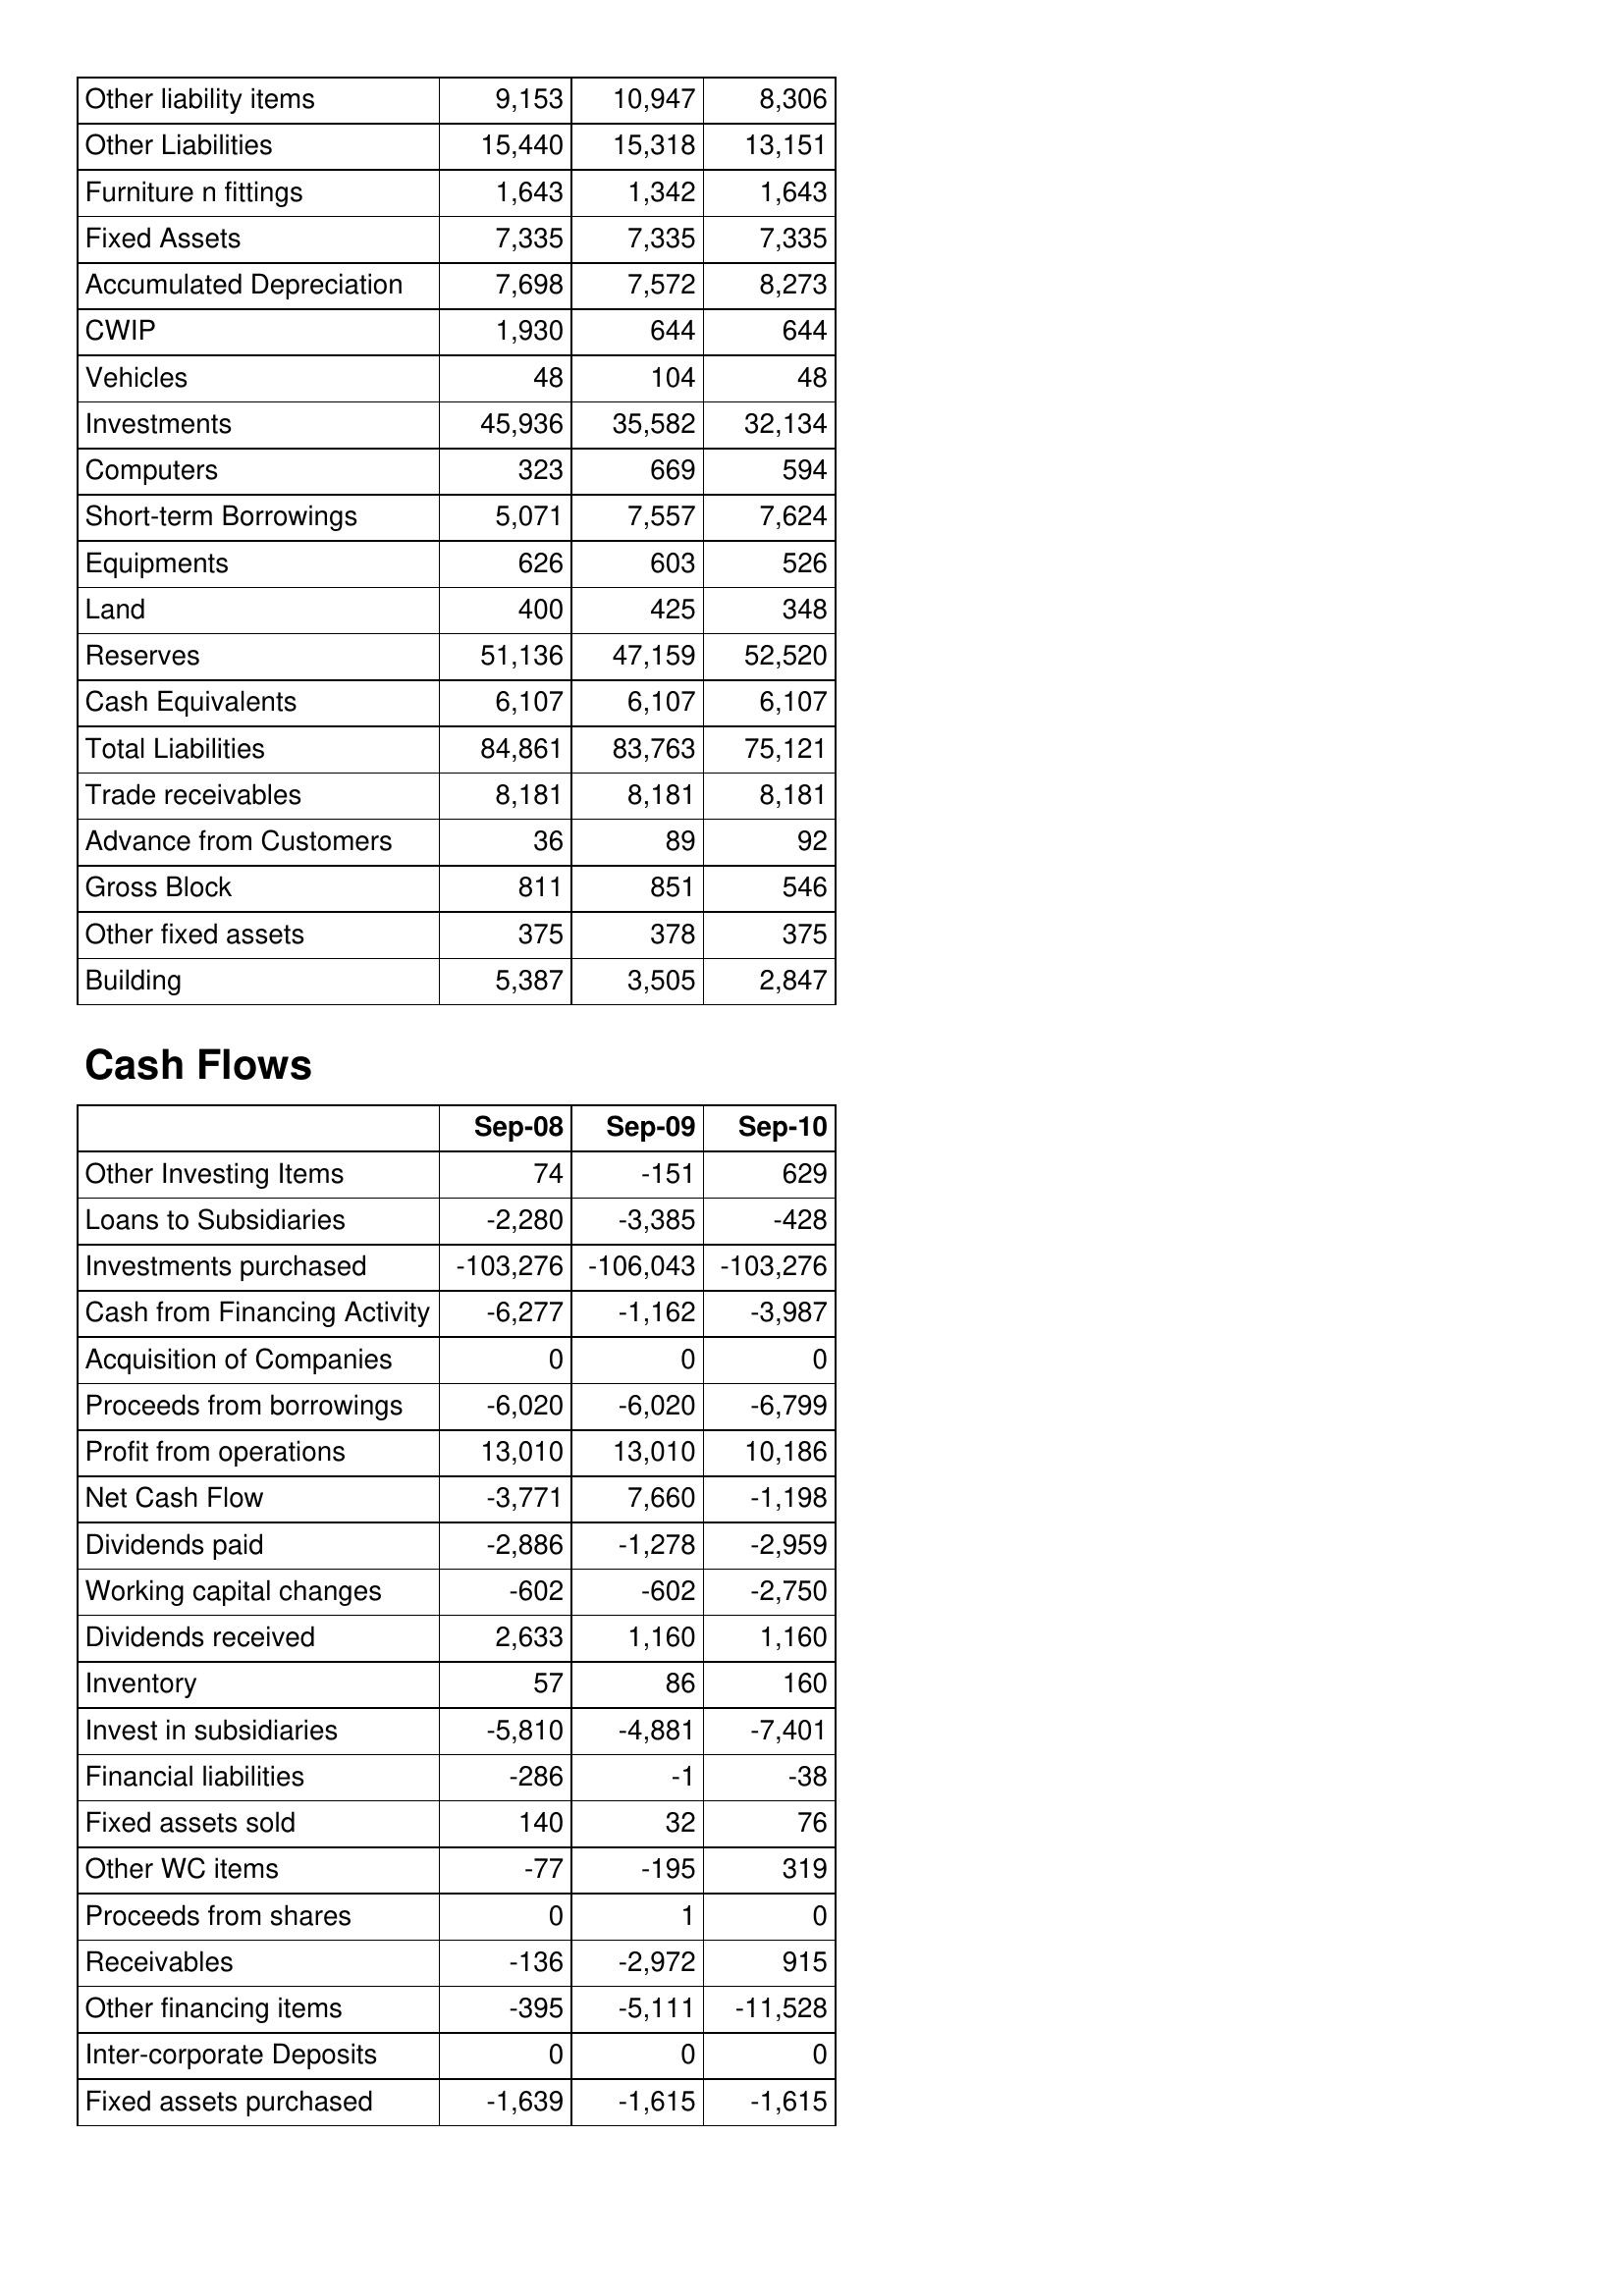
Sep-08: Balance Sheet: Other liability items: 9,153
Other Liabilities: 15,440
Furniture n fittings: 1,643
Fixed Assets: 7,335
Accumulated Depreciation: 7,698
CWIP: 1,930
Vehicles: 48
Investments: 45,936
Computers: 323
Short-term Borrowings: 5,071
Equipments: 626
Land: 400
Reserves: 51,136
Cash Equivalents: 6,107
Total Liabilities: 84,861
Trade receivables: 8,181
Advance from Customers: 36
Gross Block: 811
Other fixed assets: 375
Building: 5,387
Cash Flows: Other Investing Items: 74
Loans to Subsidiaries: -2,280
Investments purchased: -103,276
Cash from Financing Activity: -6,277
Acquisition of Companies: 0
Proceeds from borrowings: -6,020
Profit from operations: 13,010
Net Cash Flow: -3,771
Dividends paid: -2,886
Working capital changes: -602
Dividends received: 2,633
Inventory: 57
Invest in subsidiaries: -5,810
Financial liabilities: -286
Fixed assets sold: 140
Other WC items: -77
Proceeds from shares: 0
Receivables: -136
Other financing items: -395
Inter-corporate Deposits: 0
Fixed assets purchased: -1,639
Sep-09: Balance Sheet: Other liability items: 10,947
Other Liabilities: 15,318
Furniture n fittings: 1,342
Fixed Assets: 7,335
Accumulated Depreciation: 7,572
CWIP: 644
Vehicles: 104
Investments: 35,582
Computers: 669
Short-term Borrowings: 7,557
Equipments: 603
Land: 425
Reserves: 47,159
Cash Equivalents: 6,107
Total Liabilities: 83,763
Trade receivables: 8,181
Advance from Customers: 89
Gross Block: 851
Other fixed assets: 378
Building: 3,505
Cash Flows: Other Investing Items: -151
Loans to Subsidiaries: -3,385
Investments purchased: -106,043
Cash from Financing Activity: -1,162
Acquisition of Companies: 0
Proceeds from borrowings: -6,020
Profit from operations: 13,010
Net Cash Flow: 7,660
Dividends paid: -1,278
Working capital changes: -602
Dividends received: 1,160
Inventory: 86
Invest in subsidiaries: -4,881
Financial liabilities: -1
Fixed assets sold: 32
Other WC items: -195
Proceeds from shares: 1
Receivables: -2,972
Other financing items: -5,111
Inter-corporate Deposits: 0
Fixed assets purchased: -1,615
Sep-10: Balance Sheet: Other liability items: 8,306
Other Liabilities: 13,151
Furniture n fittings: 1,643
Fixed Assets: 7,335
Accumulated Depreciation: 8,273
CWIP: 644
Vehicles: 48
Investments: 32,134
Computers: 594
Short-term Borrowings: 7,624
Equipments: 526
Land: 348
Reserves: 52,520
Cash Equivalents: 6,107
Total Liabilities: 75,121
Trade receivables: 8,181
Advance from Customers: 92
Gross Block: 546
Other fixed assets: 375
Building: 2,847
Cash Flows: Other Investing Items: 629
Loans to Subsidiaries: -428
Investments purchased: -103,276
Cash from Financing Activity: -3,987
Acquisition of Companies: 0
Proceeds from borrowings: -6,799
Profit from operations: 10,186
Net Cash Flow: -1,198
Dividends paid: -2,959
Working capital changes: -2,750
Dividends received: 1,160
Inventory: 160
Invest in subsidiaries: -7,401
Financial liabilities: -38
Fixed assets sold: 76
Other WC items: 319
Proceeds from shares: 0
Receivables: 915
Other financing items: -11,528
Inter-corporate Deposits: 0
Fixed assets purchased: -1,615